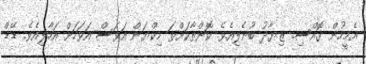
އެމީހުން ގޮއްސި. ޒިޔާދު ބުނެލިއެވެ. ކޮންތާކަށްތަ މިކްޔަން އަވަސް އަވަހަށް އަހާލިއެވެ. ޑޭޑް